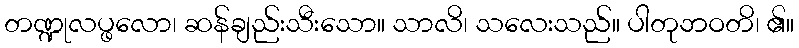
တဏ္ဍုလပ္ဖလော၊ ဆန်ချည်းသီးသော။ သာလိ၊ သလေးသည်။ ပါတုဘဝတိ၊ ၏။